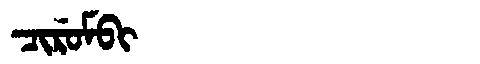
Manchu: ᠴᡳᡵᡠᠮᠪᡳ
Romanization: CIRUMBI